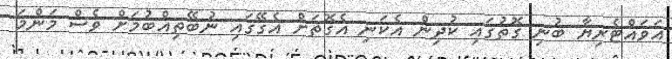
އަވައްޓެރިޔާ ބުނި ގޮތުގައި ކުދިން އެކަނި އެގޮތަށް އެގޭގައި ނުބޭތިއްބުމަށް ވެސް މަންމަ